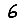
Digit: 6